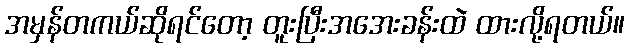
အမှန်တကယ်ဆိုရင်တော့ တူးပြီးအအေးခန်းထဲ ထားလို့ရတယ်။